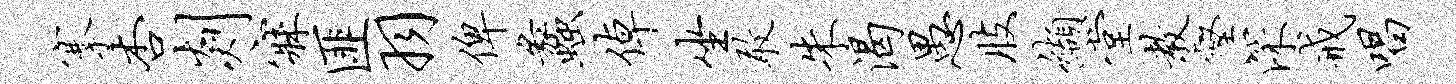
搴杏剡寐匪羽俾蠡倬坐敢朱渴愚肢缬堂教壑深戒唱